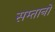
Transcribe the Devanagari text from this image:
सम्तानों